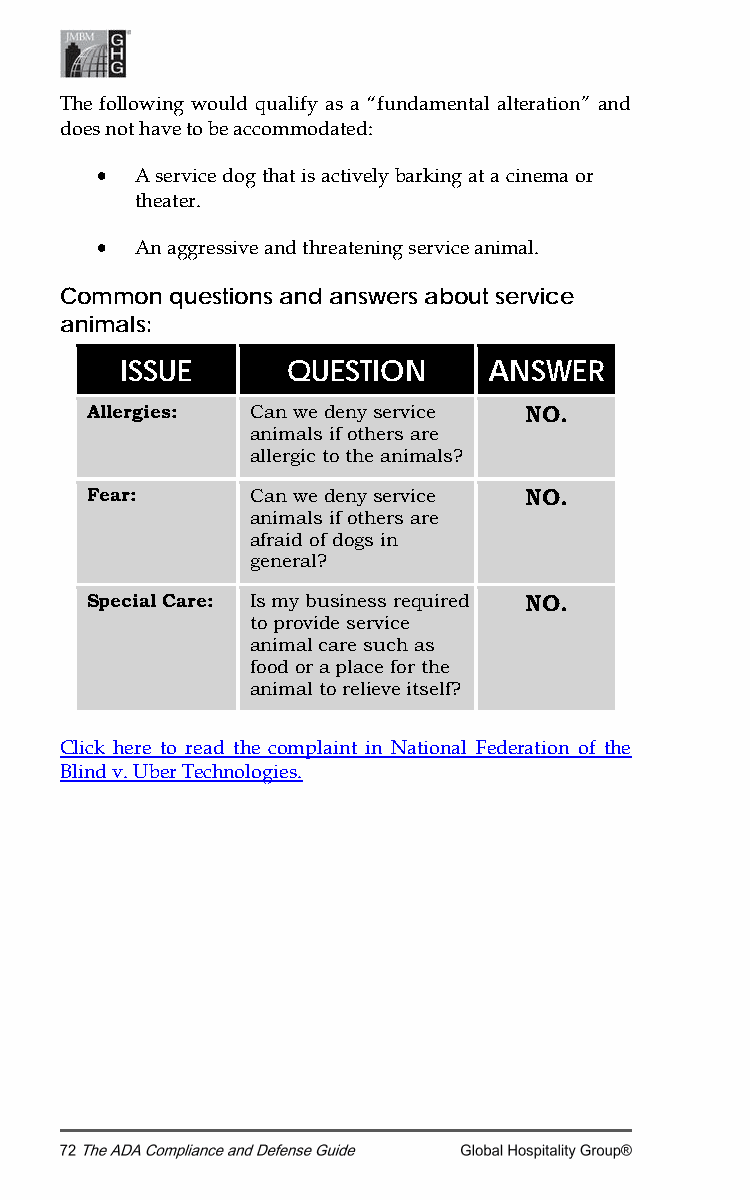
The following would qualify as a “fundamental alteration” and
 does not have to be accommodated:
 •  A service dog that is actively barking at a cinema or
 theater.
 •  An aggressive and threatening service animal.
 Common questions and answers about service
 animals:
 ISSUE      QUESTION     ANSWER
 Allergies: Can we deny service NO.
 animals if others are
 allergic to the animals?
 Fear:      Can we deny service NO.
 animals if others are
 afraid of dogs in
 general?
 Special Care: Is my business required NO.
 to provide service
 animal care such as
 food or a place for the
 animal to relieve itself?
 Click here to read the complaint in National Federation of the
 Blind v. Uber Technologies.